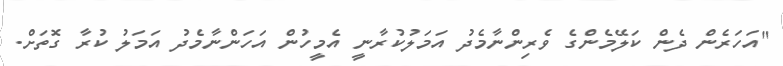
"އަހަރެން ދެން ކަލޭމެންގެ ވެރިންނާމެދު އަމަލުކުރާނީ އެމީހުން އަހަންނާމެދު އަމަލު ކުރާ ގޮތަށް.